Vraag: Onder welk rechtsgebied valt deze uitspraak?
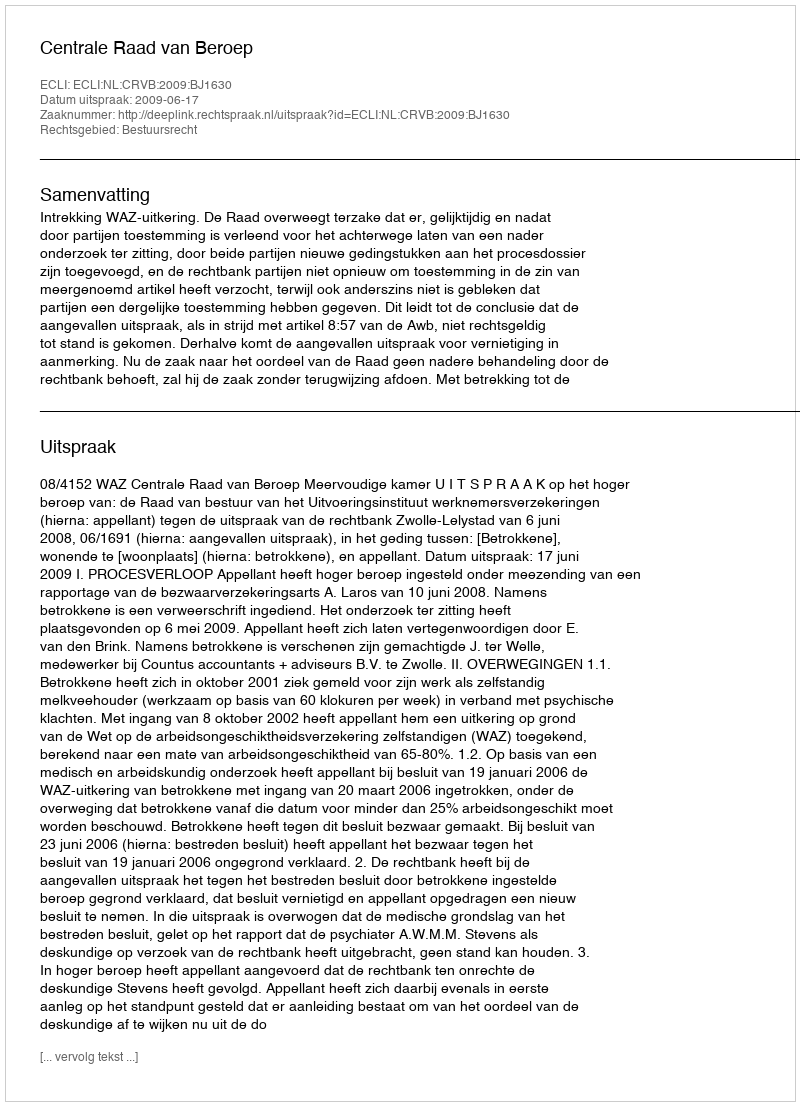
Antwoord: Bestuursrecht